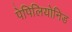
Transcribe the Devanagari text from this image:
पेपिलियोनिड